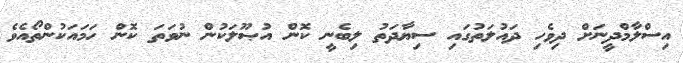
އިސްލާމްދީނަށް ދިވެހި ދައުލަތުގައި ސިޔާދަތު ލިބެނީ ކޮން އުޞޫލަކުން ނުވަތަ ކޮން ހަމައަކުންތޯއެވެ